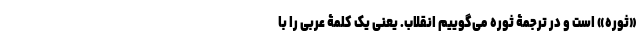
«ثوره» است و در ترجمۀ ثوره می‌گوییم انقلاب. یعنی یک کلمۀ عربی را با